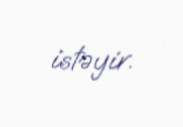
istəyir.